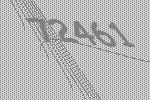
72461